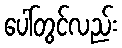
ပေါ်တွင်လည်း